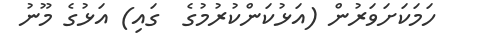
ހަމަކަށަވަރުން (އަޅުކަންކުރުމުގެ  ގައި) އަޅުގެ މޫނު